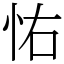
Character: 㤑